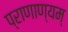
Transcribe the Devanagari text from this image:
प्राणाण्यम्